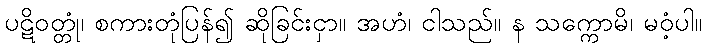
ပဋိဝတ္တုံ၊ စကားတုံပြန်၍ ဆိုခြင်းငှာ။ အဟံ၊ ငါသည်။ န သက္ကောမိ၊ မဝံ့ပါ။